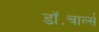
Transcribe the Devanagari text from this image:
डॉ॰चार्ल्स